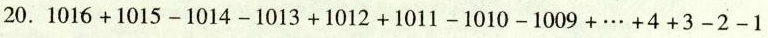
20.$$1016 + 1015 - 1014 - 1013 +1012 +1011 -1010 - 1009 +\cdots +4 +3 -2-1$$